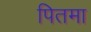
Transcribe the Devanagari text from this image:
पितमा